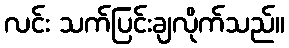
လင်း သက်ပြင်းချလိုက်သည်။